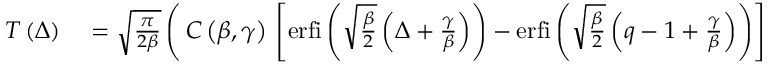
\begin{array} { r l } { T \left( \Delta \right) } & { { } = \sqrt { \frac { \pi } { 2 \beta } } \left( \thinspace C \left( \beta , \gamma \right) \thinspace \left[ \mathrm { e r f i } \left( \sqrt { \frac { \beta } { 2 } } \left( \Delta + \frac { \gamma } { \beta } \right) \right) - \mathrm { e r f i } \left( \sqrt { \frac { \beta } { 2 } } \left( q - 1 + \frac { \gamma } { \beta } \right) \right) \right] \right. } \end{array}